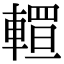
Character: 𨎅